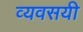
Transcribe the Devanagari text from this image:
व्यवसयी